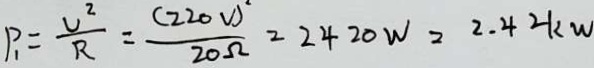
P _ { 1 } = \frac { U ^ { 2 } } { R } = \frac { ( 2 2 0 V ) ^ { . } } { 2 0 \Omega } = 2 4 2 0 W = 2 . 4 2 K W